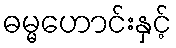
ဓမ္မဟောင်းနှင့်